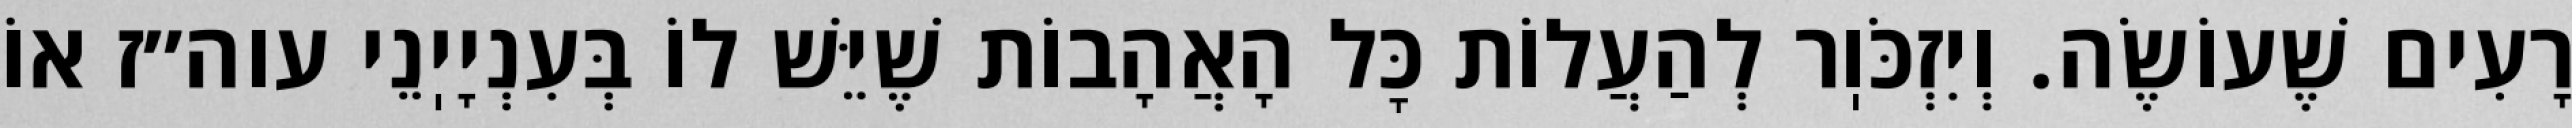
רָעִים שֶׁעוֹשֶׂה. וְיִזְכֹּוֽר לְהַעֲלוֹת כׇּל הָאֲהָבוֹת שֶׁיֵּשׁ לוֹ בְּעִנְיָיֽנֵי עוה״ז אוֹ